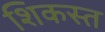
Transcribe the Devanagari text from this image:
शिकस्‍त